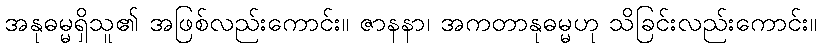
အနုဓမ္မရှိသူ၏ အဖြစ်လည်းကောင်း။ ဇာနနာ၊ အကတာနုဓမ္မဟု သိခြင်းလည်းကောင်း။